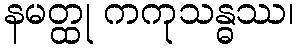
နမတ္ထု ကကုသန္ဓဿ၊